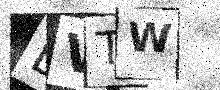
Text: LVTW